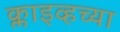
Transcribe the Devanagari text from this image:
क्लाइव्हच्या